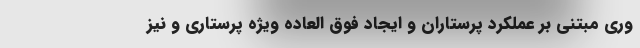
وری مبتنی بر عملکرد پرستاران و ایجاد فوق العاده ویژه پرستاری و نیز